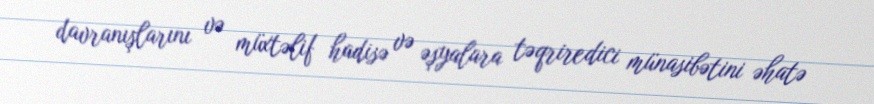
davranışlarını və müxtəlif hadisə və əşyalara təqriredici münasibətini əhatə